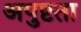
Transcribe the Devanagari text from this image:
अपुष्टता